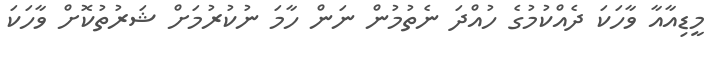
މީޑިއާއާ ވާހަކަ ދެއްކުމުގެ ހުއްދަ ނެތުމުން ނަން ހާމަ ނުކުރުމަށް ޝަރުތުކޮށް ވާހަކަ